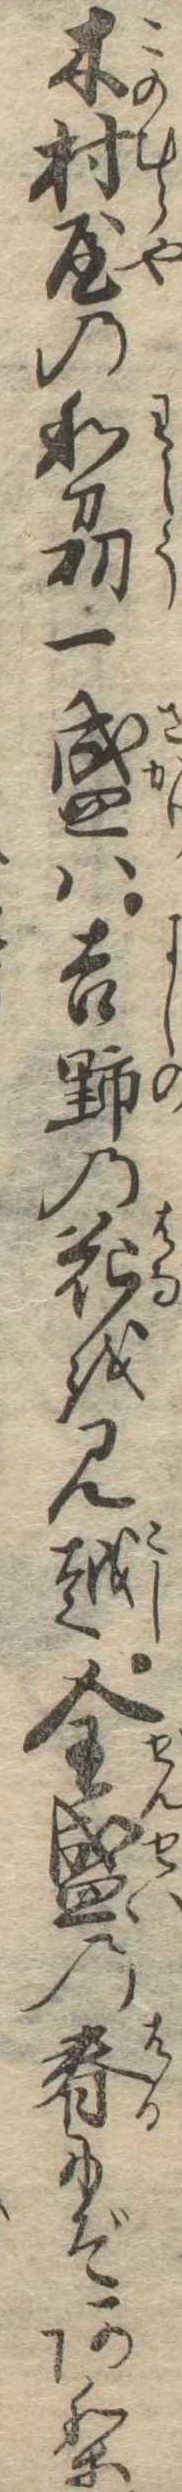
木村屋の和刕一盛は吉野の花を見越全盛の春にぞあり